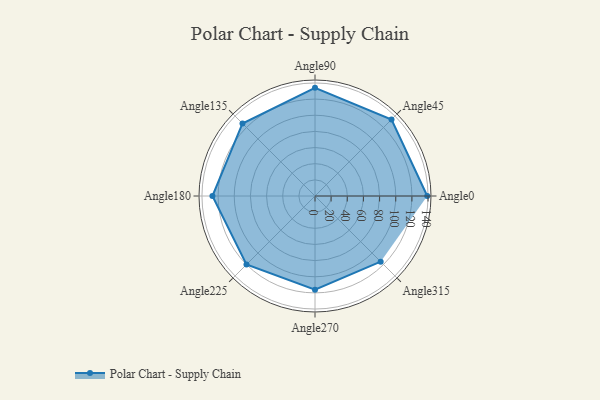
{"axis": {"x": "Angle", "y": "Radius"}, "legend": [""], "data": [{"x": "Angle0", "y": 139.0, "type": ""}, {"x": "Angle45", "y": 134.0, "type": ""}, {"x": "Angle90", "y": 134.0, "type": ""}, {"x": "Angle135", "y": 127.0, "type": ""}, {"x": "Angle180", "y": 127.0, "type": ""}, {"x": "Angle225", "y": 120.0, "type": ""}, {"x": "Angle270", "y": 116.0, "type": ""}, {"x": "Angle315", "y": 115.0, "type": ""}]}